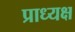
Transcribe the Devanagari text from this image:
प्राध्यक्ष